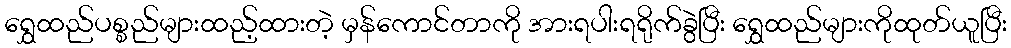
ရွှေထည်ပစ္စည်များထည့်ထားတဲ့ မှန်ကောင်တာကို အားရပါးရရိုက်ခွဲပြီး ရွှေထည်များကိုထုတ်ယူပြီး